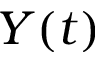
Y ( t )